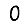
Digit: 0